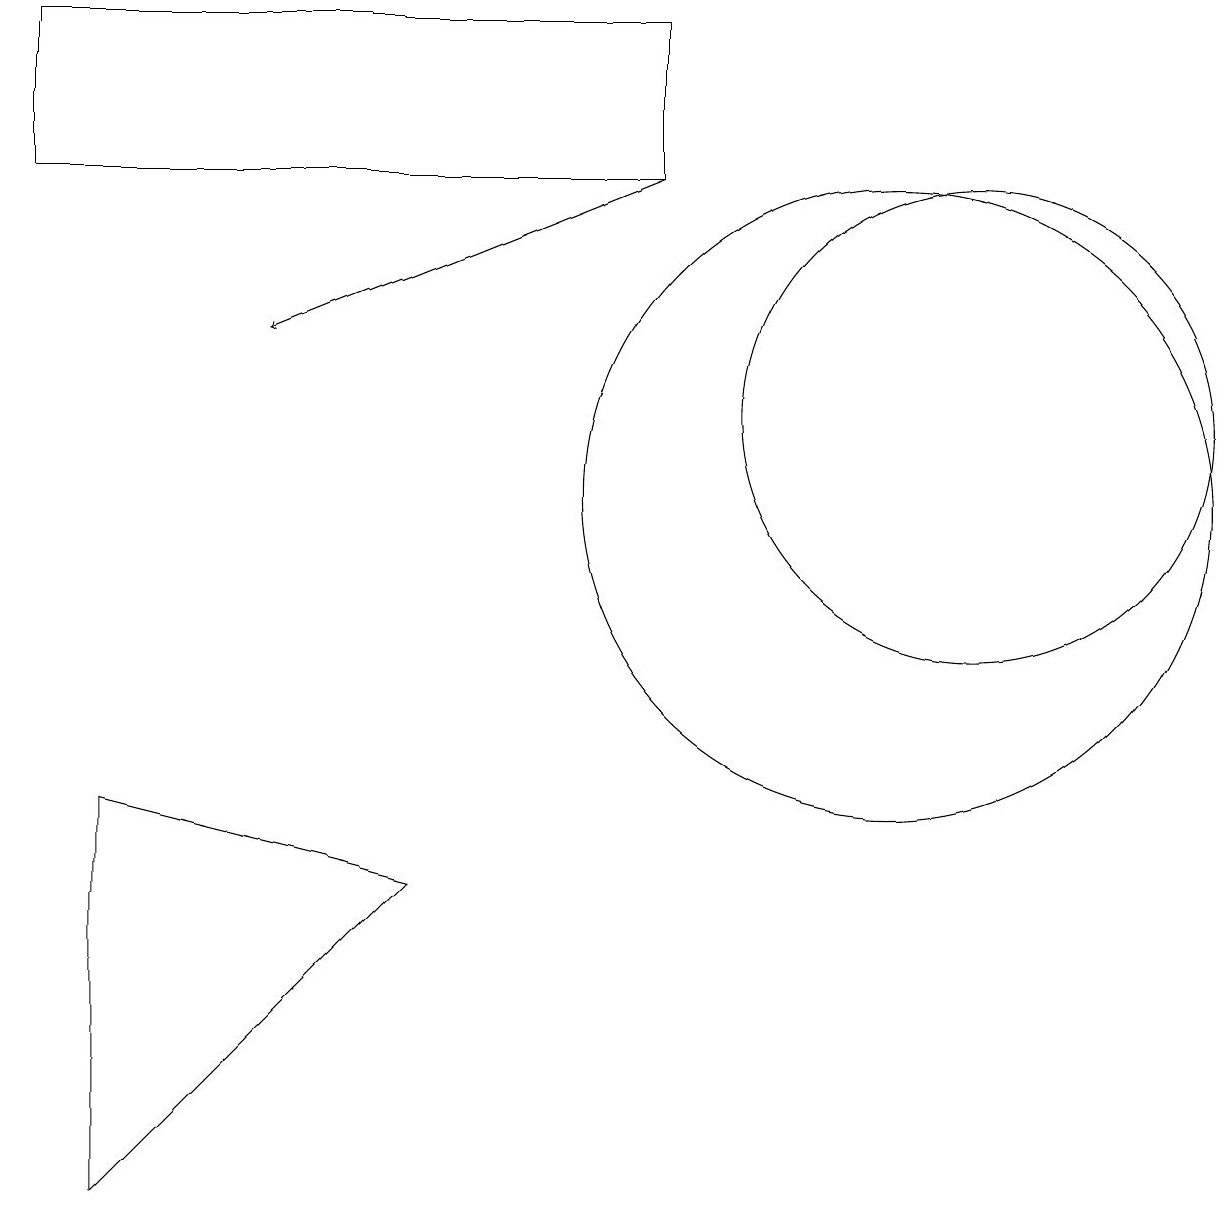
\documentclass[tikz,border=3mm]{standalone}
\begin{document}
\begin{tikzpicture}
\draw (5,5) -- (1,6) -- (1,1) -- cycle;
\draw (12,11) circle (3);
\draw (8,14) rectangle (0,16);
\draw (11,10) circle (4);
\draw[->] (8,14) -- (3,12);
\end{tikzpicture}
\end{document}